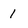
Character: 1